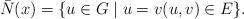
LaTeX: \begin{align*}\bar{N}(x) = \{u\in G\mid u=v (u,v)\in E\}.\end{align*}